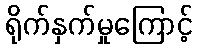
ရိုက်နှက်မှုကြောင့်